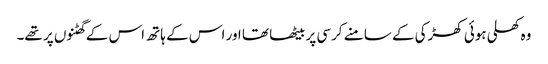
وہ کھلی ہوئی کھڑکی کے سامنے کرسی پر بیٹھا تھا اور اس کے ہاتھ اس کے گھٹنوں پر تھے۔